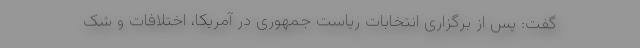
گفت: پس از برگزاری انتخابات ریاست جمهوری در آمریکا، اختلافات و شک